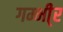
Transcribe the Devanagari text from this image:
गम्भी्र